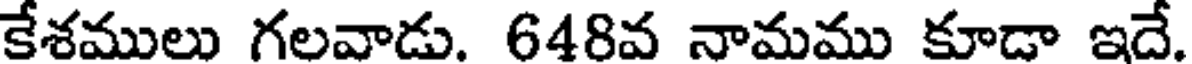
కేశములు గలవాడు. 648వ నామము కూడా ఇదే.